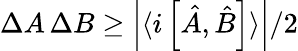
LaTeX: \Delta A\, \Delta B\ge\left|\langle i\left[\hat{A},\hat{B}\right]\rangle\right|/2